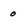
Character: 0